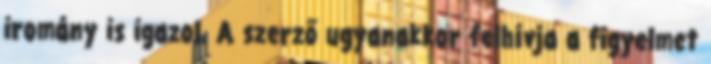
iromány is igazol. A szerző ugyanakkor felhívja a figyelmet